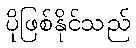
ပိုဖြစ်နိုင်သည်